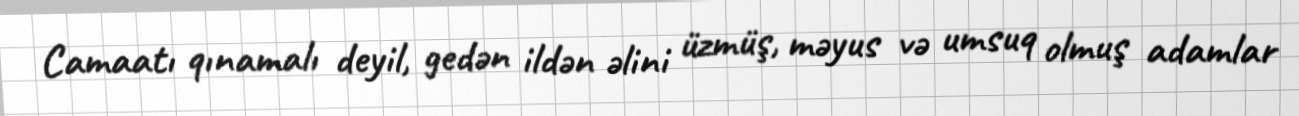
Camaatı qınamalı deyil, gedən ildən əlini üzmüş, məyus və umsuq olmuş adamlar